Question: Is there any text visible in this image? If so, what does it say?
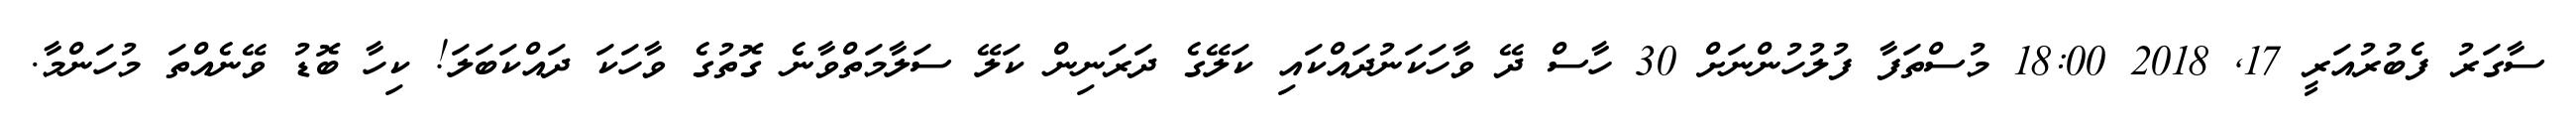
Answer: ސާގަރު ފެބުރުއަރީ 17, 2018 18:00 މުސްތަފާ ފުލުހުންނަށް 30 ހާސް ދޭ ވާހަކަނުދައްކައި ކަލޭގެ ދަރަނިން ކަލޭ ސަލާމަތްވާނެ ގޮތުގެ ވާހަކަ ދައްކަބަލަ! ކިހާ ބޮޑު ވޭނެއްތަ މުހަންމާ.